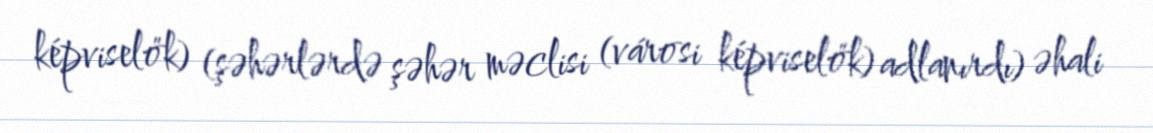
képviselők) (şəhərlərdə şəhər məclisi (városi képviselők) adlanırdı) əhali